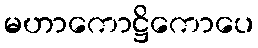
မဟာကောဋ္ဌိကောပေ